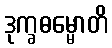
ဒုက္ခဓမ္မောတိ